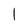
Character: 1